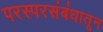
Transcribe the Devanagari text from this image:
परस्परसंबंधातून